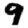
Digit: 9